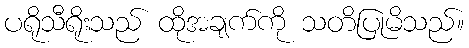
ပရိုသီရိုးသည် ထိုအချက်ကို သတိပြုမိသည်။